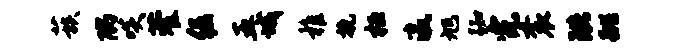
蔟隅啖藿倔五城稚挽桓瀛旭踟完衮珙跳